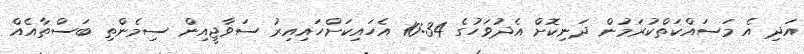
އަދި އެ މަސައްކަތްކުރަމުން ދަނިކޮށް އެދުވަހުގެ 10:34 އެހައިކަށްހައިއިރު ސަވާޖީއިން ސިމެންތި ބަސްތާއެއް